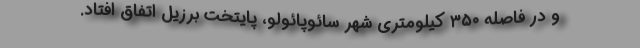
و در فاصله ۳۵۰ کیلومتری شهر سائوپائولو، پایتخت برزیل اتفاق افتاد.